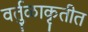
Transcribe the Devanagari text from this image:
वर्तुळाकृतीत